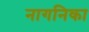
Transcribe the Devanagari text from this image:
नागनिका